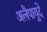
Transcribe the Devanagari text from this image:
अलैपायुदे